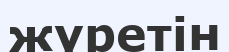
жүретін